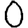
Digit: 0